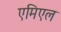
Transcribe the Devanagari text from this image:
एमिएल